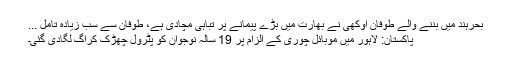
بحرہند میں بننے والے طوفان اوکھی نے بھارت میں بڑے پیمانے پر تباہی مچادی ہے، طوفان سے سب زیادہ تامل ...
پاکستان: لاہور میں موبائل چوری کے الزام پر 19 سالہ نوجوان کو پٹرول چھڑک کرآگ لگادی گئی۔